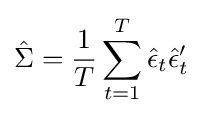
{\hat {\Sigma }}={\frac {1}{T}}\sum _{t=1}^{T}{\hat {\epsilon }}_{t}{\hat {\epsilon }}_{t}'